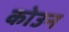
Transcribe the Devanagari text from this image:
कोउन